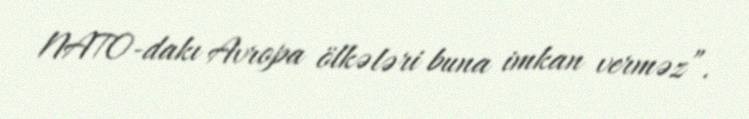
NATO-dakı Avropa ölkələri buna imkan verməz”.